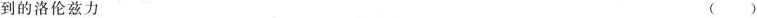
到的洛伦兹力 ( )